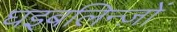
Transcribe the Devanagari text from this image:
घइबलिन्ज़ों